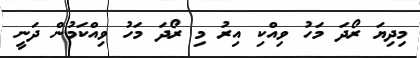
މިދިޔަ ރޯދަ މަހު ވިއްކި އިރު މި ރޯދަ މަހު ވިއްކަމުން ދަނީ